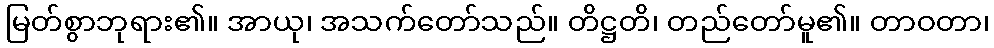
မြတ်စွာဘုရား၏။ အာယု၊ အသက်တော်သည်။ တိဋ္ဌတိ၊ တည်တော်မူ၏။ တာဝတာ၊